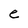
Character: e